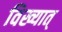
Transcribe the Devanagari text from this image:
विख्यात्